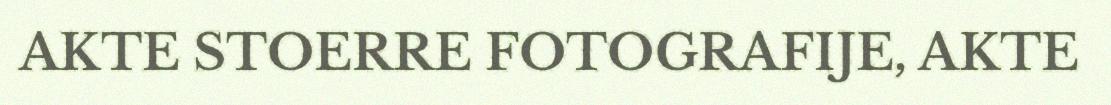
AKTE STOERRE FOTOGRAFIJE, AKTE